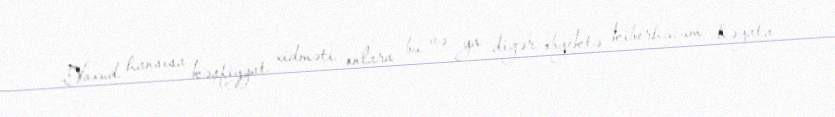
Yaxud hansısa kəşfiyyat xidməti onlara bu və ya digər obyektə kiberhücum həyata